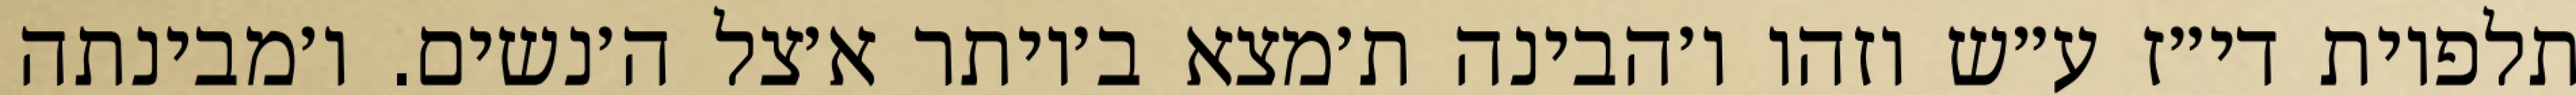
תלפיות די״ז ע״ש וזהו ו׳הבינה ת׳מצא ב׳יותר א׳צל ה׳נשים. ו׳מבינתה